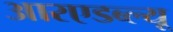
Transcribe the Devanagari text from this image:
आरएडब्ल्यू